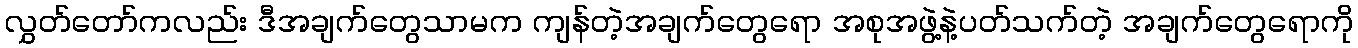
လွှတ်တော်ကလည်း ဒီအချက်တွေသာမက ကျန်တဲ့အချက်တွေရော အစုအဖွဲ့နဲ့ပတ်သက်တဲ့ အချက်တွေရောကို